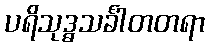
ပရိသုဒ္ဓသင်္ခါတတရာ